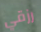
رزقي